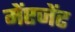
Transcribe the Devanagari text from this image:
मेंएजेंट